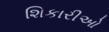
શિકારીઓ